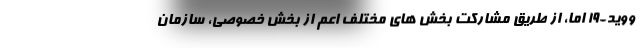
ووید-۱۹ اما، از طریق مشارکت بخش های مختلف اعم از بخش خصوصی، سازمان